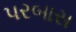
પરબાસ